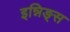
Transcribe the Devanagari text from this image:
इन्निङ्स